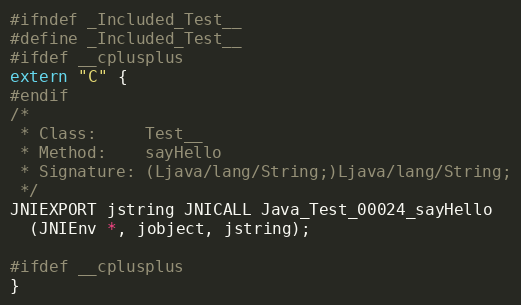
Language: C
#ifndef _Included_Test__
#define _Included_Test__
#ifdef __cplusplus
extern "C" {
#endif
/*
 * Class:     Test__
 * Method:    sayHello
 * Signature: (Ljava/lang/String;)Ljava/lang/String;
 */
JNIEXPORT jstring JNICALL Java_Test_00024_sayHello
  (JNIEnv *, jobject, jstring);

#ifdef __cplusplus
}